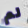
لم